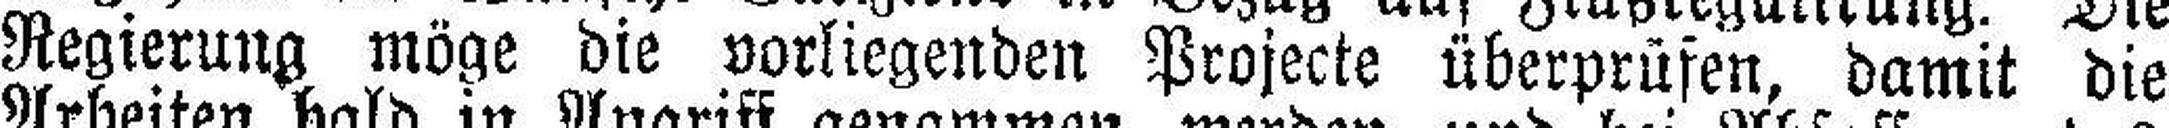
Regierung möge die vorliegenden Projecte überprüfen, damit die